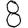
Digit: 8